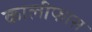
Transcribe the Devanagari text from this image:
कालीफास